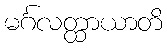
မင်္ဂလတ္ထာယာတိ